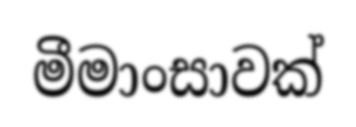
මීමාංසාවක්